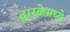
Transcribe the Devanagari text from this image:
द्वारकेमध्ये